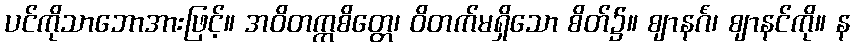
ပင်ကိုသာဘောအားဖြင့်။ အဝိတက္ကစိတ္တေ၊ ဝိတက်မရှိသော စိတ်၌။ ဈာနင်္ဂံ၊ ဈာနင်ကို။ န